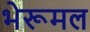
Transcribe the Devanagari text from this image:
भेरूमल